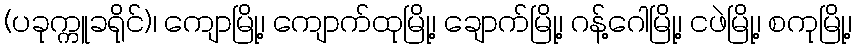
(ပခုက္ကူခရိုင်)၊ ကျောမြို့၊ ကျောက်ထုမြို့၊ ချောက်မြို့၊ ဂန့်ဂေါမြို့၊ ငဖဲမြို့၊ စကုမြို့၊